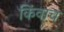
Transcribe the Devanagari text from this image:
किंवाच